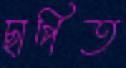
ছাপিত